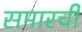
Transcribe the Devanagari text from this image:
समारची